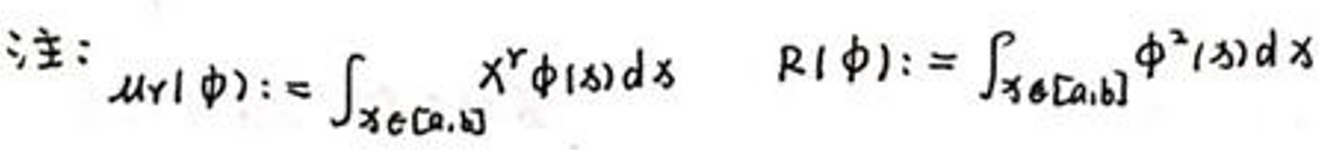
注：\(u[\phi] := \int_{x \in [a,b]} x^r \phi(x) dx\) \(\quad R[\phi] := \int_{x \in [a,b]} \phi^2(x) dx\)